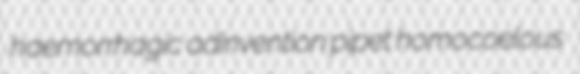
haemorrhagic adinvention pipet homocoelous